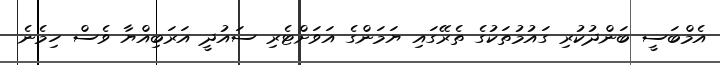
އެމްބަސީ ބަންދުކުރި ގައުމުތަކުގެ ތެރޭގައި ޔަމަންގެ އަވަށްޓެރި ސައުދީ އަރަބިއްޔާ ވެސް ހިމެނެ